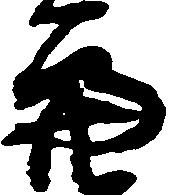
亮